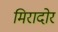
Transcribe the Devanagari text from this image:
मिरादोर